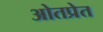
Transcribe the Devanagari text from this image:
ओतप्रेत